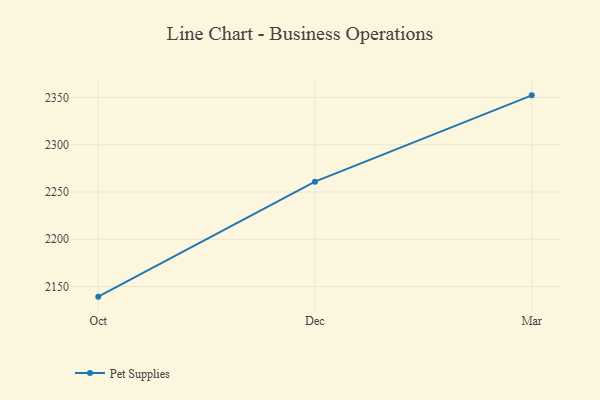
{"axis": {"x": "Month", "y": "Gross Profit (USD K)"}, "legend": ["Pet Supplies"], "data": [{"x": "Oct", "y": 2139.3, "type": "Pet Supplies"}, {"x": "Dec", "y": 2260.9, "type": "Pet Supplies"}, {"x": "Mar", "y": 2352.2, "type": "Pet Supplies"}]}